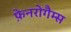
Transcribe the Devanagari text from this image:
फ़ेनरोगैम्स